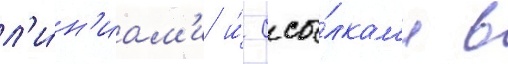
л'и́н'иам'и и́ ссы́лкам'и в